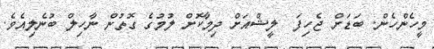
މީހެންހެން. ބަޑަށް ޖެހިފަ  ލީޝްއަށް ދިމާކޮށް ލުމުގެ ގޮތުން ނާހިލް ބުނެލިއެވެ.